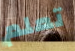
تعلم